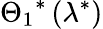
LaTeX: {{\Theta_{1}}^{*}}\left({{\lambda}^{*}}\right)